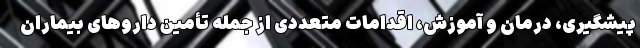
پیشگیری، درمان و آموزش، اقدامات متعددی از جمله تأمین داروهای بیماران